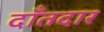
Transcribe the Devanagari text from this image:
दाँतदार